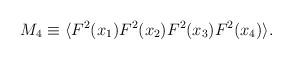
LaTeX: \begin{align*}M_4 \equiv \langle F^2(x_1) F^2(x_2) F^2(x_3) F^2(x_4) \rangle.\end{align*}